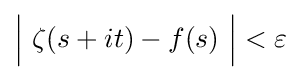
{\Bigl |}\ \zeta (s+it)-f(s)\ {\Bigr |}<\varepsilon